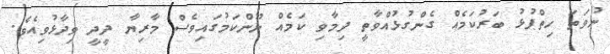
ނުވަތަ ހިތްޕުޅު ބަރުކަމެއް ގެންގުޅުއްވާތީ ދިމާވި ކަމެއް ނޫންކަމުގައިވެސް މާރިޔާ ދީދީ ވިދާޅުވިއެވެ.